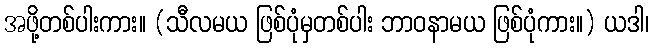
အဖို့တစ်ပါးကား။ (သီလမယ ဖြစ်ပုံမှတစ်ပါး ဘာဝနာမယ ဖြစ်ပုံကား။) ယဒါ၊